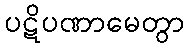
ပဋိပဏာမေတွာ